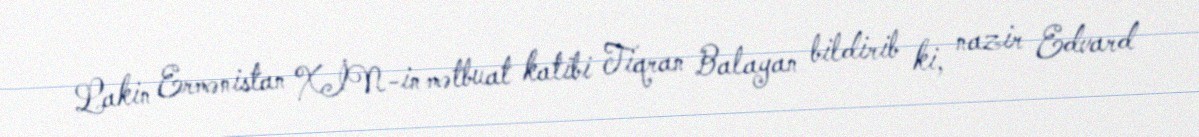
Lakin Ermənistan XİN-in mətbuat katibi Tiqran Balayan bildirib ki, nazir Edvard